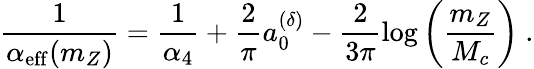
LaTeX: \frac{1}{\alpha_{\mathrm{eff}}(m_{Z})}=\frac{1}{\alpha_{4}}+\frac{2}{\pi}a_{0}^{(\delta)}-\frac{2}{3\pi}\log\left(\frac{m_{Z}}{M_{c}}\right)~.